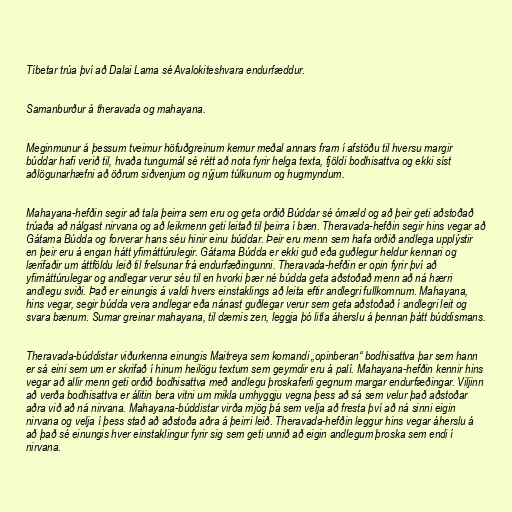
Tíbetar trúa því að Dalai Lama sé Avalokiteshvara endurfæddur.

Samanburður á theravada og mahayana.

Meginmunur á þessum tveimur höfuðgreinum kemur meðal annars fram í afstöðu til hversu margir
búddar hafi verið til, hvaða tungumál sé rétt að nota fyrir helga texta, fjöldi bodhisattva og ekki síst
aðlögunarhæfni að öðrum siðvenjum og nýjum túlkunum og hugmyndum.

Mahayana-hefðin segir að tala þeirra sem eru og geta orðið Búddar sé ómæld og að þeir geti aðstoðað
trúaða að nálgast nirvana og að leikmenn geti leitað til þeirra í bæn. Theravada-hefðin segir hins vegar að
Gátama Búdda og forverar hans séu hinir einu búddar. Þeir eru menn sem hafa orðið andlega upplýstir
en þeir eru á engan hátt yfirnáttúrulegir. Gátama Búdda er ekki guð eða guðlegur heldur kennari og
lærifaðir um áttföldu leið til frelsunar frá endurfæðingunni. Theravada-hefðin er opin fyrir því að
yfirnáttúrulegar og andlegar verur séu til en hvorki þær né búdda geta aðstoðað menn að ná hærri
andlegu sviði. Það er einungis á valdi hvers einstaklings að leita eftir andlegri fullkomnum. Mahayana,
hins vegar, segir búdda vera andlegar eða nánast guðlegar verur sem geta aðstoðað í andlegri leit og
svara bænum. Sumar greinar mahayana, til dæmis zen, leggja þó litla áherslu á þennan þátt búddismans.

Theravada-búddistar viðurkenna einungis Maitreya sem komandi „opinberan“ bodhisattva þar sem hann
er sá eini sem um er skrifað í hinum heilögu textum sem geymdir eru á palí. Mahayana-hefðin kennir hins
vegar að allir menn geti orðið bodhisattva með andlegu þroskaferli gegnum margar endurfæðingar. Viljinn
að verða bodhisattva er álitin bera vitni um mikla umhyggju vegna þess að sá sem velur það aðstoðar
aðra við að ná nirvana. Mahayana-búddistar virða mjög þá sem velja að fresta því að ná sinni eigin
nirvana og velja í þess stað að aðstoða aðra á þeirri leið. Theravada-hefðin leggur hins vegar áherslu á
að það sé einungis hver einstaklingur fyrir sig sem geti unnið að eigin andlegum þroska sem endi í
nirvana.